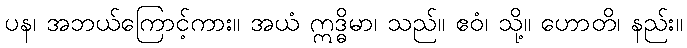
ပန၊ အဘယ်ကြောင့်ကား။ အယံ ဣဒ္ဓိမာ၊ သည်။ ဧဝံ၊ သို့။ ဟောတိ၊ နည်း။